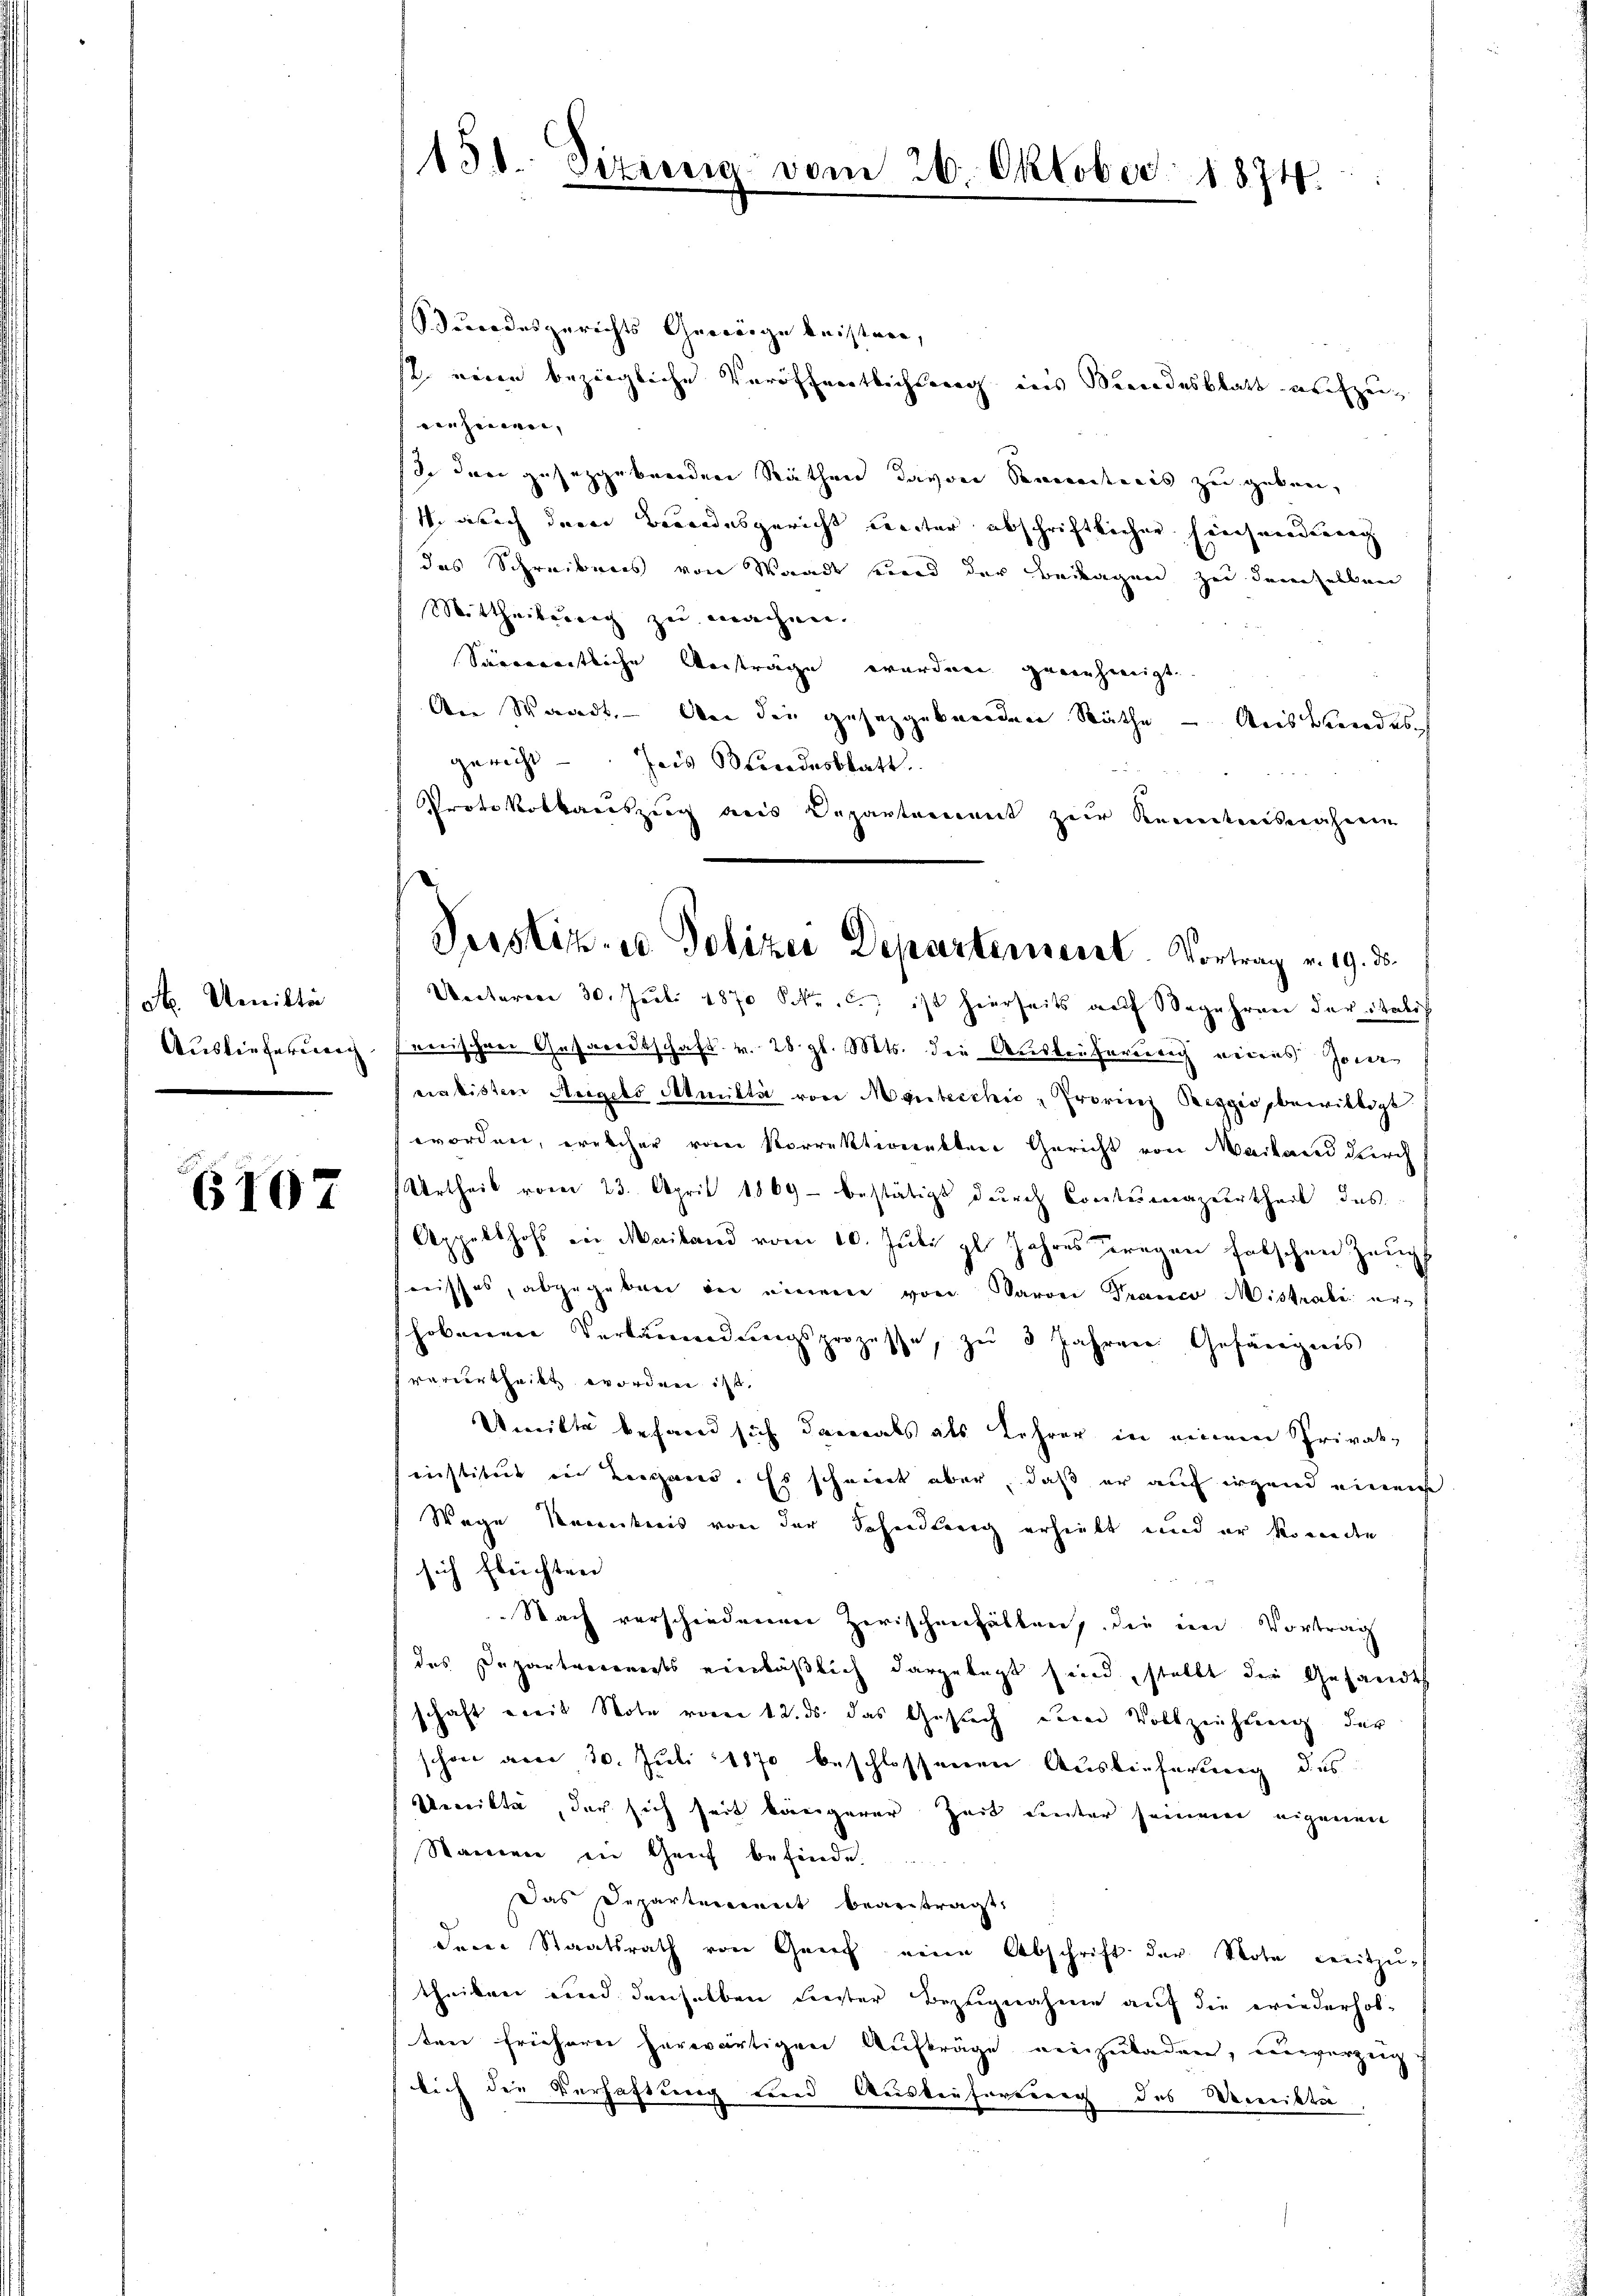
dt. Umitten
Auslieferung

6107

158. Sitzung vom 26. Oktober 1874.

Stundesgerichts Gewörge beister,
st, einen bezügliche Veröffentlichung ins Sandesblatt aufzuviehmann, |
sie den geseggebenden Räthen davon Semesteris zu geben,
1. sich der Brandesgericht weiter abschriftlichen Einsendung
das Schreibens von Waadt sind der Beilagen zu demselben
Mittheilung zu machen.
Siernanntliche Verträge vorden genehmigt.
An Waadt. — Bei den gesetzgebenden Räthe – Auswendes
gericht - Jes Bundesblatt.
Protokollauszug aus Departement zur Kenntnisnahmen
Uectoren 30. Juli 1870 kr. c., ist hierseits auf Begehren der Itali
rerischen Gesandtschaft v. 28 gl. Mts. die Auskaufertig verans Joner
eialisten Angels Admitti von Monsbecchio - Provinz Reggio bewilligt
worden, welcher vom Korrektwinkten Gericht von Mailand durch
Urtheil vom 23. April 1869 - bestätigt durch Contermageurtheil das
Appelthofs von Mailand vom 10. Juli l. Jahres Fragen falschen Zeug
fnisses, abgegeben in einem von Baron Franco Mistrate erhobenen Verläumdungsprozesse, zu 3 Jahren Gefängnis
verurtheilt worden ist,
Umitte befand sich damals als Lehrer in einem Privat-
einstitut in Bergans. Es scheint aber, daß er auf irgen einer
Wege Krankreis von der Schandlung erhielt und er komenden
sich fleichten
Nach verschiedenen Zerischenfällen, die im Vortrag
das Departvereits einläßlich dargelegt sind, stellt die Gesandt
schaft weit Note vom 12. ds. das Gesuch deren Vollziehung der
schon aber 30. Juli 1870 beschlossenen Auslieferung des
Unnikte, der sich seit königerer Zeit einter seinem eigenen
Namen in Geif befinde.
das Departement beantragt,
dere Staatsrath von Genf eine Abschrift der Note Leitzu-
schniken und denselben Liester Bezugnahme auf die wiederhol-
ten frühern herwärtigen Aufträge einzuladen, unverzeig
lich die Verhaftung und Ausverfortung des Meinikta

Perstiz- u. Polizei Departement. Vortrag v. 19. ds.